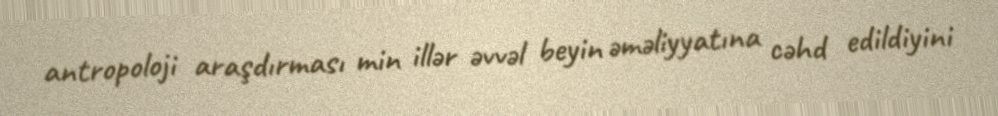
antropoloji araşdırması min illər əvvəl beyin əməliyyatına cəhd edildiyini